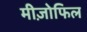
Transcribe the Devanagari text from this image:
मीज़ोफिल